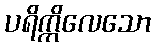
ပရိက္ကိလေသော